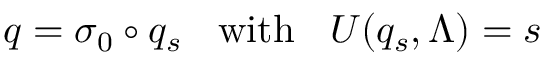
q = \sigma _ { 0 } \circ q _ { s } \; \; \mathrm { ~ w i t h ~ } \; \; U ( q _ { s } , \Lambda ) = s